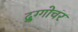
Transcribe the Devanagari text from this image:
द्रुग्गोचर